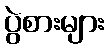
ပွဲစားများ